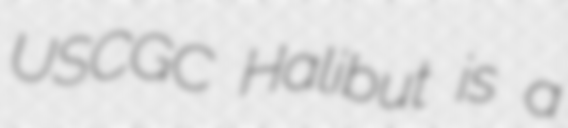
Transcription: USCGC Halibut is a